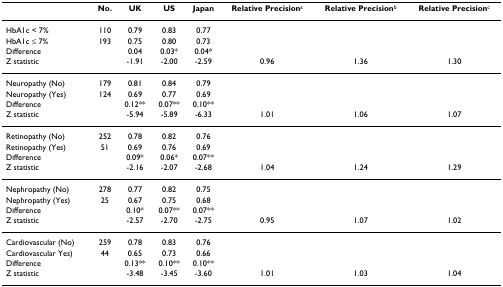
<table><thead><tr><td></td><td><b>No.</b></td><td><b>UK</b></td><td><b>US</b></td><td><b>Japan</b></td><td><b>Relative Precision<sup>a</sup></b></td><td><b>Relative Precision<sup>b</sup></b></td><td><b>Relative Precision<sup>c</sup></b></td></tr></thead><tbody><tr><td>HbA1c &lt; 7%</td><td>110</td><td>0.79</td><td>0.83</td><td>0.77</td><td></td><td></td><td></td></tr><tr><td>HbA1c ≤ 7%</td><td>193</td><td>0.75</td><td>0.80</td><td>0.73</td><td></td><td></td><td></td></tr><tr><td>Difference</td><td></td><td>0.04</td><td>0.03*</td><td>0.04*</td><td></td><td></td><td></td></tr><tr><td>Z statistic</td><td></td><td>-1.91</td><td>-2.00</td><td>-2.59</td><td>0.96</td><td>1.36</td><td>1.30</td></tr><tr><td>Neuropathy (No)</td><td>179</td><td>0.81</td><td>0.84</td><td>0.79</td><td></td><td></td><td></td></tr><tr><td>Neuropathy (Yes)</td><td>124</td><td>0.69</td><td>0.77</td><td>0.69</td><td></td><td></td><td></td></tr><tr><td>Difference</td><td></td><td>0.12**</td><td>0.07**</td><td>0.10**</td><td></td><td></td><td></td></tr><tr><td>Z statistic</td><td></td><td>-5.94</td><td>-5.89</td><td>-6.33</td><td>1.01</td><td>1.06</td><td>1.07</td></tr><tr><td>Retinopathy (No)</td><td>252</td><td>0.78</td><td>0.82</td><td>0.76</td><td></td><td></td><td></td></tr><tr><td>Retinopathy (Yes)</td><td>51</td><td>0.69</td><td>0.76</td><td>0.69</td><td></td><td></td><td></td></tr><tr><td>Difference</td><td></td><td>0.09*</td><td>0.06*</td><td>0.07**</td><td></td><td></td><td></td></tr><tr><td>Z statistic</td><td></td><td>-2.16</td><td>-2.07</td><td>-2.68</td><td>1.04</td><td>1.24</td><td>1.29</td></tr><tr><td>Nephropathy (No)</td><td>278</td><td>0.77</td><td>0.82</td><td>0.75</td><td></td><td></td><td></td></tr><tr><td>Nephropathy (Yes)</td><td>25</td><td>0.67</td><td>0.75</td><td>0.68</td><td></td><td></td><td></td></tr><tr><td>Difference</td><td></td><td>0.10*</td><td>0.07**</td><td>0.07**</td><td></td><td></td><td></td></tr><tr><td>Z statistic</td><td></td><td>-2.57</td><td>-2.70</td><td>-2.75</td><td>0.95</td><td>1.07</td><td>1.02</td></tr><tr><td>Cardiovascular (No)</td><td>259</td><td>0.78</td><td>0.83</td><td>0.76</td><td></td><td></td><td></td></tr><tr><td>Cardiovascular Yes)</td><td>44</td><td>0.65</td><td>0.73</td><td>0.66</td><td></td><td></td><td></td></tr><tr><td>Difference</td><td></td><td>0.13**</td><td>0.10**</td><td>0.10**</td><td></td><td></td><td></td></tr><tr><td>Z statistic</td><td></td><td>-3.48</td><td>-3.45</td><td>-3.60</td><td>1.01</td><td>1.03</td><td>1.04</td></tr></tbody></table>